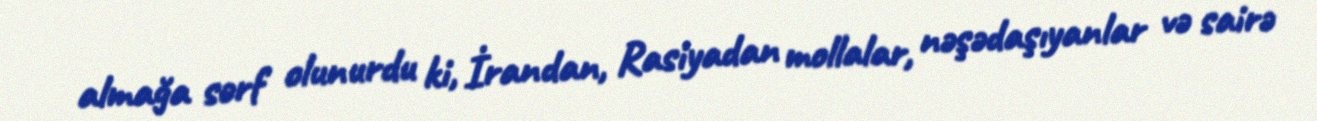
almağa sərf olunurdu ki, İrandan, Rasiyadan mollalar, nəşədaşıyanlar və sairə